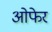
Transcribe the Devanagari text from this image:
ओफेर